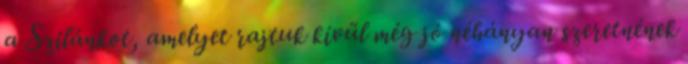
a Szilánkot, amelyet rajtuk kívül még jó néhányan szeretnének